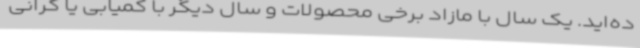
ده‌اید. یک سال با مازاد برخی محصولات و سال دیگر با کمیابی یا گرانی